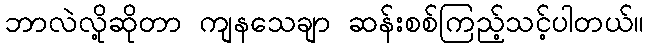
ဘာလဲလို့ဆိုတာ ကျနသေချာ ဆန်းစစ်ကြည့်သင့်ပါတယ်။